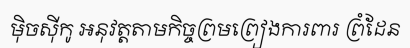
ម៉ិចស៊ីកូ អនុវត្តតាមកិច្ចព្រមព្រៀងការពារ ព្រំដែន